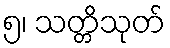
၅၊ သတ္တိသုတ်